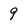
Character: 9